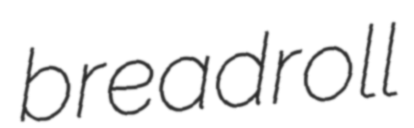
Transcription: bread roll